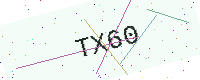
Text: TX60